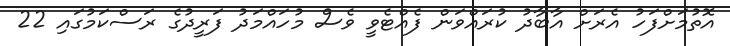
އޮތުމަށްފަހު އެރަށް އާބާދު ކުރައްވަން ފެއްޓެވީ ވެސް މުހައްމަދު ފަރީދުގެ ރަސްކަމުގައި 22